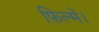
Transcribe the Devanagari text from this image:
फ़िल्में।